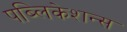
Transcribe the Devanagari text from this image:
पब्लिकेशन्‍स